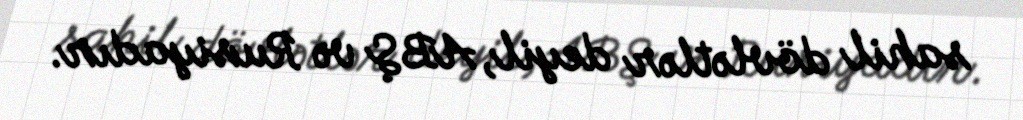
sahil dövlətlər deyil, ABŞ və Rusiyadır.